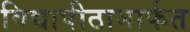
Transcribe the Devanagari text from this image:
विद्यापीठामार्फत